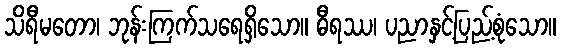
သိရီမတော၊ ဘုန်းကြက်သရေရှိသော။ ဓီရဿ၊ ပညာနှင့်ပြည့်စုံသော။